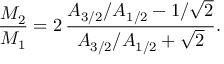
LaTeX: { \frac { M _ { 2 } } { M _ { 1 } } } = 2 \, { \frac { A _ { 3 / 2 } / A _ { 1 / 2 } - 1 / \sqrt 2 } { A _ { 3 / 2 } / A _ { 1 / 2 } + \sqrt 2 } } .